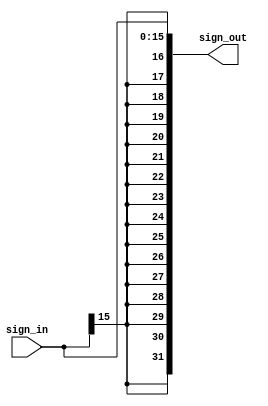
/*
 * Sign-extends a value from 16 bits to 32 bits, such that all of the leading
 * bits that are prepended match the leftmost bit of the input value
 */
module SIGN_EXTEND (
  input wire [15:0] sign_in,
  output wire [31:0] sign_out
  );

  // Prepends the leftmost bit of sign_in 16x
  assign sign_out = {{16{sign_in[15]}}, sign_in};

endmodule